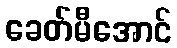
ခေတ်မီအောင်